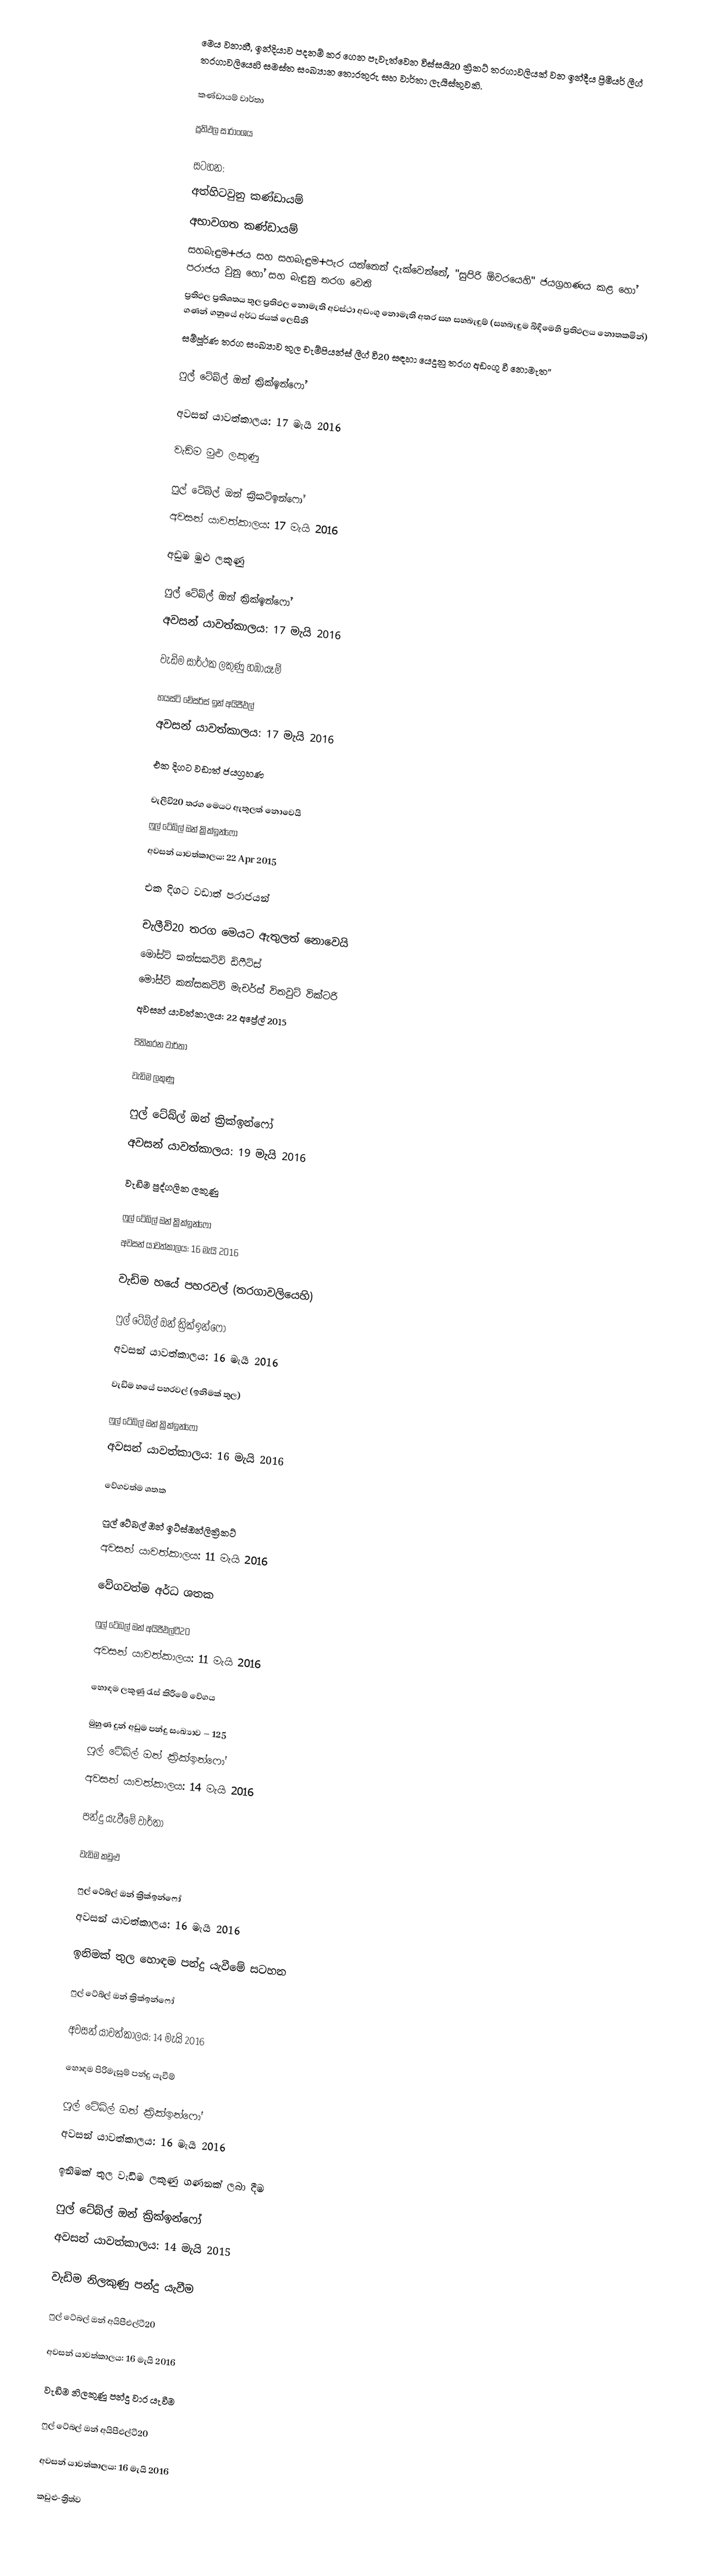
මෙය වනාහී, ඉන්දියාව පදනම් කර ගෙන පැවැත්වෙන විස්සයි20 ක්‍රිකට් තරගාවලියක් වන  ඉන්දීය ප්‍රිමියර් ලීග් තරගාවලියෙහි සමස්ත සංඛ්‍යාන තොරතුරු සහ වාර්තා ලැයිස්තුවකි.

කණ්ඩායම් වාර්තා

ප්‍රතිඵල සාරාංශය

සටහන:
  අත්හිටවුනු කණ්ඩායම්
  අභාවගත කණ්ඩායම්
  සහබැඳුම+ජය සහ සහබැඳුම+පැර යන්නෙන් දැක්වෙන්නේ,  "සුපිරි ඕවරයෙහි" ජයග්‍රහණය කළ හෝ පරාජය වුනු හෝ සහ බැඳුනු තරග වෙති
 ප්‍රතිඵල ප්‍රතිශතය තුල ප්‍රතිඵල නොමැති අවස්ථා අඩංගු නොමැති අතර සහ සහබැඳුම් (සහබැඳුම බිඳීමෙහි ප්‍රතිඵලය නොතකමින්) ගණන් ගනුයේ අර්ධ ජයක් ලෙසිනි
 සම්පූර්ණ තරග සංඛ්‍යාව තුල චැම්පියන්ස් ලීග් වි20 සඳහා යෙදුනු තරග අඩංගු වී නොමැත''

ෆුල් ටේබ්ල් ඔන්  ක්‍රික්ඉන්ෆෝ

අවසන් යාවත්කාලය: 17 මැයි 2016

වැඩිම මුළු ලකුණු

ෆුල් ටේබ්ල් ඔන් ක්‍රිකට්ඉන්ෆෝ
 අවසන් යාවත්කාලය: 17 මැයි 2016

අඩුම මුළු ලකුණු

ෆුල් ටේබ්ල් ඔන් ක්‍රික්ඉන්ෆෝ
 අවසන් යාවත්කාලය: 17 මැයි 2016

වැඩිම සාර්ථක ලකුණු හඹායෑම්

හයස්ට් චේසර්ස් ඉන් අයිපීඑල්
 අවසන් යාවත්කාලය: 17 මැයි 2016

එක දිගට වඩාත් ජයග්‍රහණ

 චැලීවි20 තරග මෙයට ඇතුලත් නොවෙයි
ෆුල් ටේබ්ල් ඔන් ක්‍රික්ඉන්ෆෝ
අවසන් යාවත්කාලය: 22 Apr 2015

එක දිගට වඩාත් පරාජයන්

 චැලීවි20 තරග මෙයට ඇතුලත් නොවෙයි
මෝස්ට් කන්සකටිව් ඩිෆීට්ස්
මෝස්ට් කන්සකටිව් මැචර්ස් විතවුට් වික්ටරි
 අවසන් යාවත්කාලය: 22 අප්‍රේල් 2015

පිතිකරන වාර්තා

වැඩිම ලකුණු

ෆුල් ටේබ්ල් ඔන් ක්‍රික්ඉන්ෆෝ
 අවසන් යාවත්කාලය: 19 මැයි 2016

වැඩිම පුද්ගලික ලකුණු

ෆුල් ටේබ්ල් ඔන් ක්‍රික්ඉන්ෆෝ
 අවසන් යාවත්කාලය: 16 මැයි 2016

වැඩිම හයේ පහරවල් (තරගාවලියෙහි)

ෆුල් ටේබ්ල් ඔන් ක්‍රික්ඉන්ෆෝ
 අවසන් යාවත්කාලය: 16 මැයි 2016

වැඩිම හයේ පහරවල් (ඉනිමක් තුල)

ෆුල් ටේබ්ල් ඔන් ක්‍රික්ඉන්ෆෝ
 අවසන් යාවත්කාලය: 16 මැයි 2016

වේගවත්ම ශතක

ෆුල් ටේබල් ඔන් ඉට්ස්ඔන්ලික්‍රිකට්
 අවසන් යාවත්කාලය: 11 මැයි 2016

වේගවත්ම අර්ධ ශතක

ෆුල් ටේබල් ඔන් අයිපීඑල්ටී20
 අවසන් යාවත්කාලය: 11 මැයි 2016

හොඳම ලකුණු රැස් කිරීමේ වේගය

මුහුණ දුන් අඩුම පන්දු සංඛ්‍යාව – 125
ෆුල් ටේබ්ල් ඔන් ක්‍රික්ඉන්ෆෝ
 අවසන් යාවත්කාලය: 14 මැයි 2016

පන්දු යැවීමේ වාර්තා

වැඩිම කඩුළු

ෆුල් ටේබ්ල් ඔන් ක්‍රික්ඉන්ෆෝ
 අවසන් යාවත්කාලය: 16 මැයි 2016

ඉනිමක් තුල හොඳම පන්දු යැවීමේ සටහන

ෆුල් ටේබ්ල් ඔන් ක්‍රික්ඉන්ෆෝ

 අවසන් යාවත්කාලය: 14 මැයි 2016

හොඳම පිරිමැසුම් පන්දු යැවීම්

ෆුල් ටේබ්ල් ඔන් ක්‍රික්ඉන්ෆෝ
 අවසන් යාවත්කාලය: 16 මැයි 2016

ඉනිමක් තුල වැඩිම ලකුණු ගණනක් ලබා දීම

ෆුල් ටේබ්ල් ඔන් ක්‍රික්ඉන්ෆෝ
 අවසන් යාවත්කාලය: 14 මැයි 2015

වැඩිම නිලකුණු පන්දු යැවීම

ෆුල් ටේබල් ඔන් අයිපීඑල්ටී20

 අවසන් යාවත්කාලය: 16 මැයි 2016

වැඩිම නිලකුණු පන්දු වාර යැවීම

ෆුල් ටේබල් ඔන් අයිපීඑල්ටී20

 අවසන් යාවත්කාලය: 16 මැයි 2016

කඩුළු-ත්‍රිත්ව